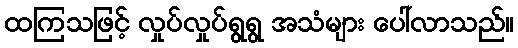
ထကြသဖြင့် လှုပ်လှုပ်ရွရွ အသံများ ပေါ်လာသည်။